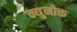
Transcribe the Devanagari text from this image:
न्युनोक्त